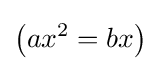
\left(ax^{2}=bx\right)